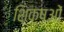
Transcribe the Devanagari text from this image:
शिक्षओं